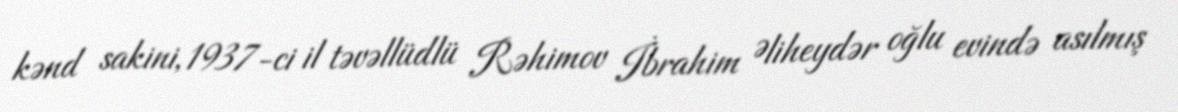
kənd sakini, 1937-ci il təvəllüdlü Rəhimov İbrahim Əliheydər oğlu evində asılmış